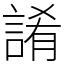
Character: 誵